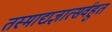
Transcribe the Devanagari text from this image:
तस्माद्यज्ञात्सर्वहुत